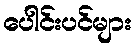
ပေါင်းပင်များ